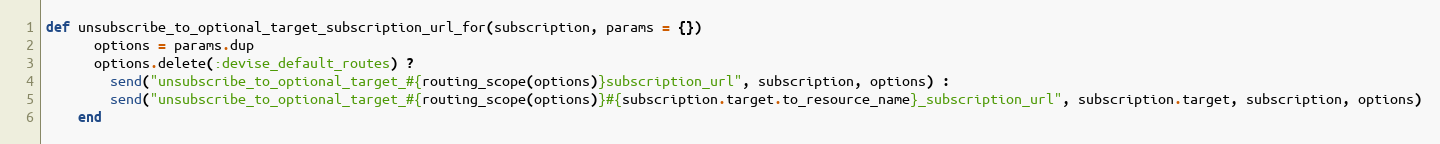
Language: Ruby
def unsubscribe_to_optional_target_subscription_url_for(subscription, params = {})
      options = params.dup
      options.delete(:devise_default_routes) ?
        send("unsubscribe_to_optional_target_#{routing_scope(options)}subscription_url", subscription, options) :
        send("unsubscribe_to_optional_target_#{routing_scope(options)}#{subscription.target.to_resource_name}_subscription_url", subscription.target, subscription, options)
    end